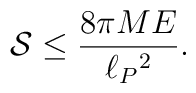
{\cal S}\leq {8\pi ME\over \ell_P{}^2}.